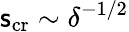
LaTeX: \mathsf{s}_{\textup{{cr}}}\sim\delta^{-1/2}